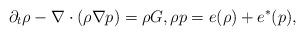
LaTeX: \begin{align*}\partial_t \rho-\nabla \cdot (\rho\nabla p)=\rho G, \rho p=e(\rho)+e^*(p),\end{align*}